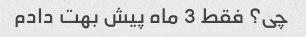
چی؟ فقط 3 ماه پیش بهت دادم